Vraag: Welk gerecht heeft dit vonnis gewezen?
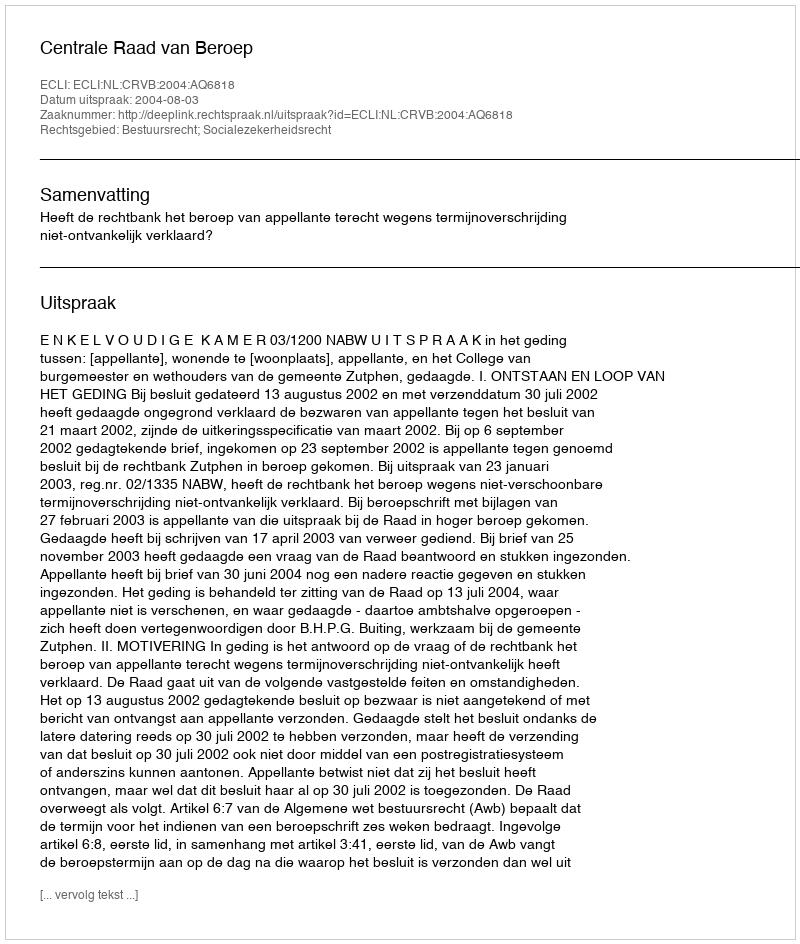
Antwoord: Centrale Raad van Beroep